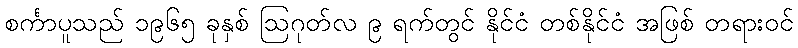
စင်္ကာပူသည် ၁၉၆၅ ခုနှစ် ဩဂုတ်လ ၉ ရက်တွင် နိုင်ငံ တစ်နိုင်ငံ အဖြစ် တရားဝင်